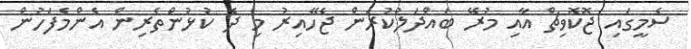
ސެމީގައި ޖޮކޮވިޗް އާއި މުރޭ ބައްދަލުކުރަން ޖެހޭއިރު މި ދެ ކުޅުންތެރިން އެންމެފަހުން